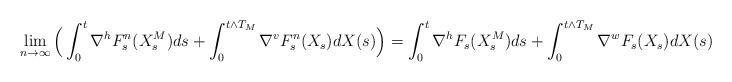
LaTeX: \begin{align*}\lim_{n\rightarrow \infty} \Big(\int_0^t\nabla^h F^n_s(X^M_s)ds + \int_0^{t\wedge T_M}\nabla^v F^n_s(X_s)dX(s)\Big) = \int_0^t\nabla^h F_s(X^M_s)ds + \int_0^{t\wedge T_M}\nabla^w F_s(X_s)dX(s)\end{align*}